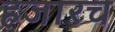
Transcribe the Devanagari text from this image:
हजारच